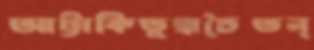
আট্টাকিতুম্বাচৈতন্